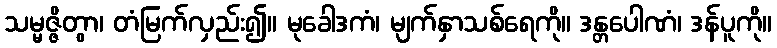
သမ္မဇ္ဇိတွာ၊ တံမြက်လှည်း၍။ မုခေါဒကံ၊ မျက်နှာသစ်ရေကို။ ဒန္တပေါဏံ၊ ဒန်ပူကို။